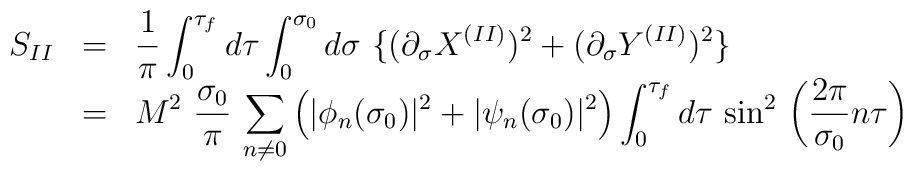
\begin{array}{lcl}S_{II} & = & {\displaystyle \frac{1}{\pi} \int_0^{\tau_f} d\tau\int_0^{\sigma_0}  d\sigma~ \{ (\partial_{\sigma} X^{(II)})^2 + (\partial_{\sigma} Y^{(II)})^2 \} }\\& = & {\displaystyle M^2~ \frac{\sigma_0}{\pi} \, \sum_{n \neq 0}^{}\left( |\phi_n (\sigma_0) |^2 + |\psi_n (\sigma_0) |^2 \right)\int_0^{\tau_f} d\tau~ {\sin}^2\, \left( \frac{2\pi}{\sigma_0}n\tau  \right)}\end{array}